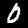
Digit: 0